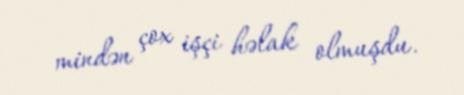
mindən çox işçi həlak olmuşdu.